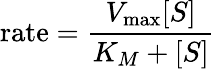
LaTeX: {\mathrm{rate}}={\frac{V_{\mathrm{max}}[S]}{K_{M}+[S]}}